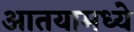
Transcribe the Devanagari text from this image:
आतयामध्ये